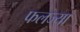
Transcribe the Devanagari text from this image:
फलज्या